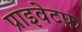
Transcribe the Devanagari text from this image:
प्राइवेटफ़